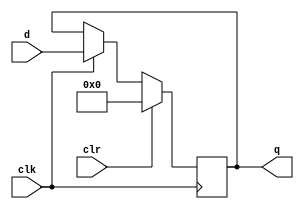
module register_nbit#(parameter n =8)(d,clk,clr,q);
    
    input [n-1:0]d;
    input clk,clr;
    output reg [n-1:0] q;

    always@( posedge clk ) begin
        if ( clr )
            q <= 0;
        else if (clk == 1)
            q <= d;
    end

endmodule